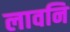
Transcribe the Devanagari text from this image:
लावनि